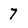
Character: 7